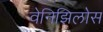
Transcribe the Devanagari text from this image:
वेनिझिलोस